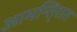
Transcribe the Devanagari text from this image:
आमन्ति्रात